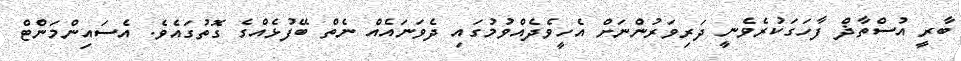
ބާރީ އުސްތާޛް ފާހަގަކުރެވެނީ ދަރިވަރުންނަށް އެހީވެދެއްވުމުގައި ދެވަނައެއް ނެތް ބޭފުޅެއްގެ ގޮތުގައެވެ. އެސައިންމަންޓް